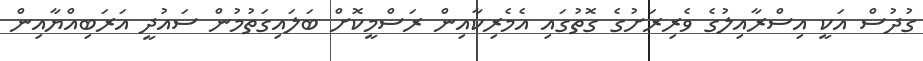
ގުދުސް އަކީ އިސްރާއިލުގެ ވެރިރަށުގެ ގޮތުގައި އެމެރިކާއިން ރަސްމީކޮށް ބަލައިގަތުމުން ސައުދީ އަރަބިއްޔާއިން